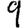
Digit: 9